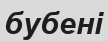
бубені